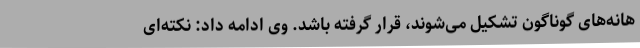
هانه‌های گوناگون تشکیل می‌شوند، قرار گرفته باشد. وی ادامه داد: نکته‌ای